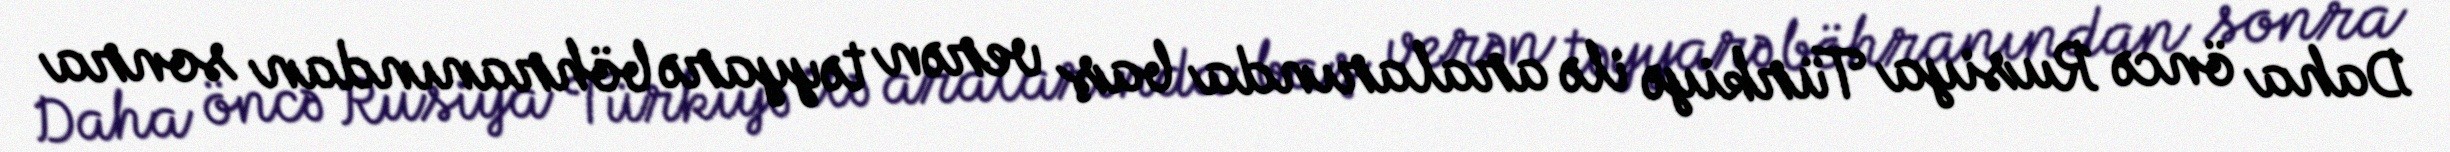
Daha öncə Rusiya Türkiyə ilə aralarında baş verən təyyarə böhranından sonra